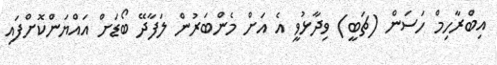
އިބްރާހިމް ހަސަން (ޗަބީ) ވިދާޅުވީ އެ އަށް މެންބަރުން ލަފާދޭ ބޯޑަށް އައްޔަންކޮށްފައި